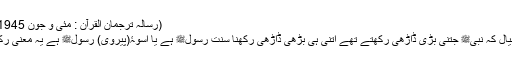
(رسالہ ترجمان القرآن : مئی و جون ؁1945ء )
آپ کا خیال کہ نبیﷺ جتنی بڑی ڈاڑھی رکھتے تھے اتنی ہی بڑھی ڈاڑھی رکھنا سنتِ رسولﷺ ہے یا اسوۂ(پیروی) رسولﷺ ہے یہ معنی رکھنا ہے۔